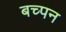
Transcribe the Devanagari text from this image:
बच्पन